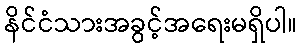
နိင်ငံသားအခွင့်အရေးမရှိပါ။